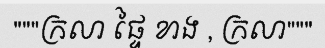
"""ក្រលា ផ្ទៃ ខាង , ក្រលា"""